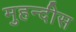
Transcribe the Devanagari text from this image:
मुहन्दीस